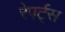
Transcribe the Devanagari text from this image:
रेपर्ट्स